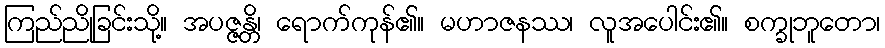
ကြည်ညိုခြင်းသို့။ အပဇ္ဇန္တိ၊ ရောက်ကုန်၏။ မဟာဇနဿ၊ လူအပေါင်း၏။ စက္ခုဘူတော၊